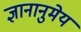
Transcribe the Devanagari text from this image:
ज्ञानानुमेय